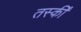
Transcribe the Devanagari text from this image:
तस्कीं